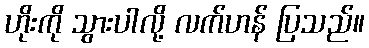
ဟိုးကို သွားပါလို့ လက်ဟန် ပြသည်။